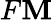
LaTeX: F\mathbf{M}